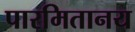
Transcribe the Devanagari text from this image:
पारमितानय